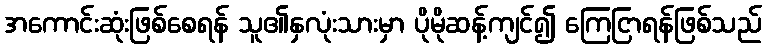
အကောင်းဆုံးဖြစ်စေရန် သူ၏နှလုံးသားမှာ ပိုမိုဆန့်ကျင်၍ ကြေငြာရန်ဖြစ်သည်